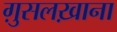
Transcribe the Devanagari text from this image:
ग़ुसलख़ाना